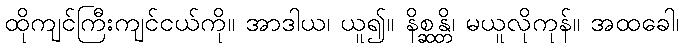
ထိုကျင်ကြီးကျင်ငယ်ကို။ အာဒါယ၊ ယူ၍။ နိစ္ဆန္တိ၊ မယူလိုကုန်။ အထခေါ၊